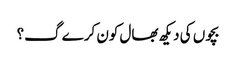
بچوں کی دیکھ بھال کون کرے گ؟